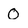
Character: O